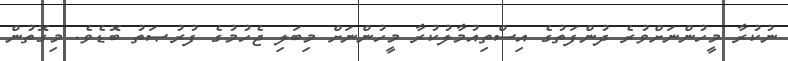
ނުކުރާ މީހުންނަށްވުރެ ދުންފަތުގެ އިސްތިއުމާލުކުރާ މީހުންނަށް މިބަލި ޖެހުމުގެ ފުރުޞަތު ބޮޑެވެ. މިގޮތުން